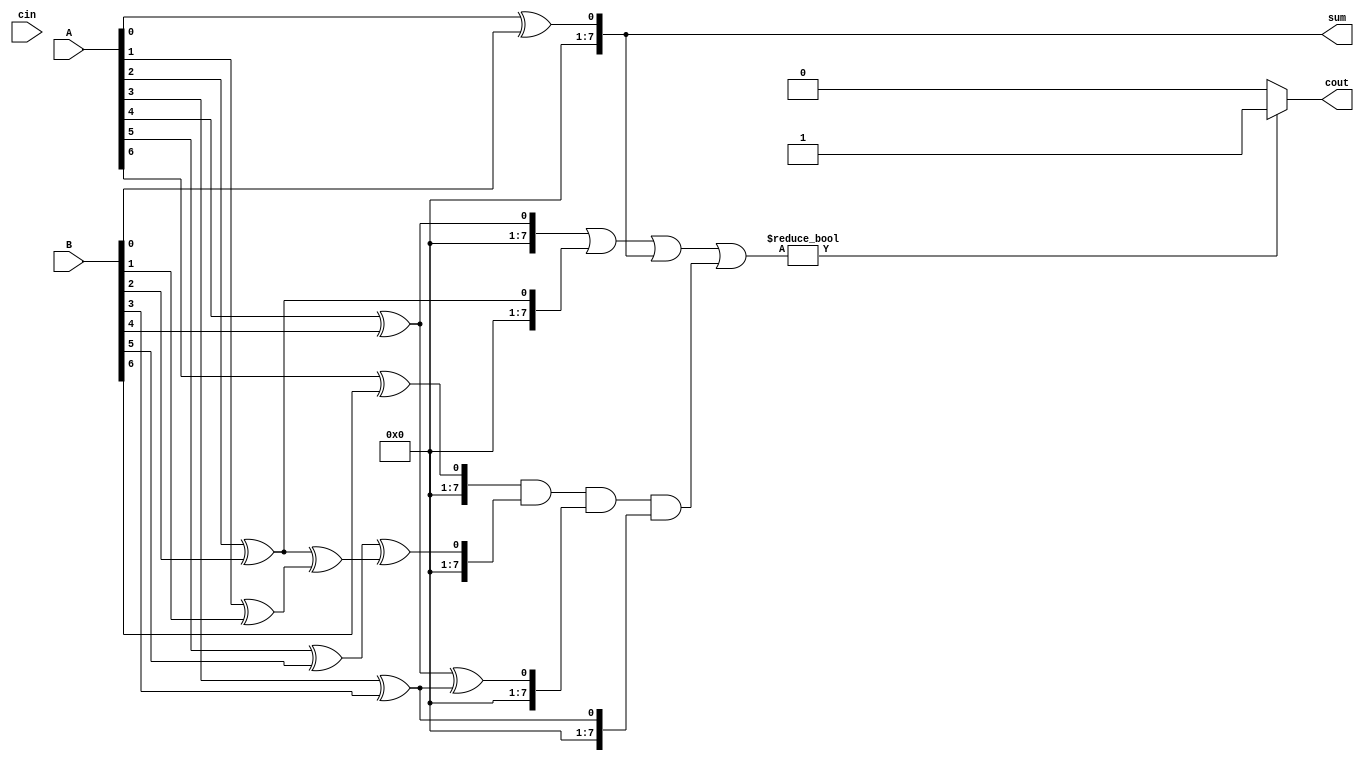
module kogge_stone_adder (
  input [7:0] A,
  input [7:0] B,
  input cin,
  output reg [7:0] sum,
  output reg cout
);

reg [7:0] p[3:0][7:0];

// First level of the tree
genvar i, j;
generate
  for (i = 0; i < 4; i = i + 1) begin
    for (j = 0; j < 8; j = j + 1) begin
      if (i == 0) begin
        assign p[i][j] = A[j] ^ B[j];
      end else begin
        assign p[i][j] = p[i-1][j];
      end
    end
  end
endgenerate

// Second level of the tree
generate
  for (i = 0; i < 4; i = i + 1) begin
    for (j = 0; j < 8; j = j + 1) begin
      if (i > 0 && j >= (2**i - 1)) begin
        assign p[i][j] = p[i][j] ^ p[i-1][j-(2**i - 1)];
      end
    end
  end
endgenerate

// Calculate the sum and carry-out
always @(*) begin
  sum = {p[3][7], p[2][3], p[1][1], p[0][0]};
  cout = (p[3][4] | p[2][2] | p[1][0] | (p[3][6] & p[2][5] & p[1][4] & p[0][3])) ? 1'b1 : 1'b0;
end

endmodule